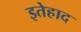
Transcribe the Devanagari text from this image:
इतेहाद